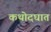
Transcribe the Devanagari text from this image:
कथोदघात